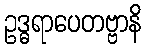
ဥဒ္ဓရာပေတဗ္ဗာနိ